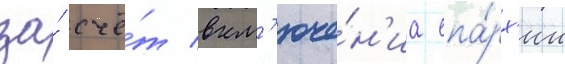
за́ счё́т вкл'юче́н'иа епа́рх'ии